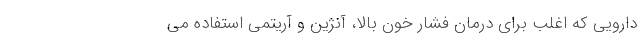
دارویی که اغلب برای درمان فشار خون بالا، آنژین و آریتمی استفاده می